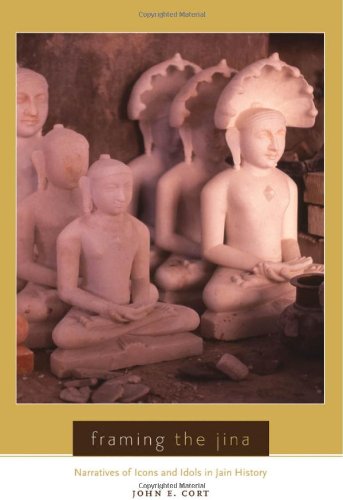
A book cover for Framing the Jina: Narratives of Icons and Idols in Jain History; John Cort; Religion & Spirituality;